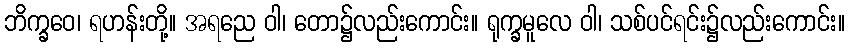
ဘိက္ခဝေ၊ ရဟန်းတို့။ အရညေ ဝါ၊ တော၌လည်းကောင်း။ ရုက္ခမူလေ ဝါ၊ သစ်ပင်ရင်း၌လည်းကောင်း။